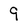
Character: 9